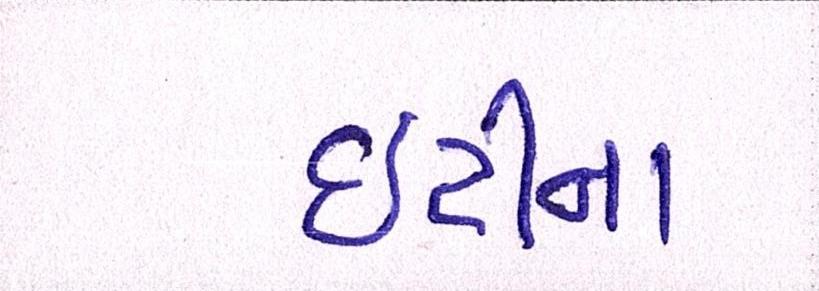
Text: ઇટીના